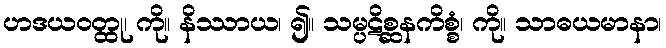
ဟဒယဝတ္ထု၊ ကို။ နိဿာယ၊ ၍။ သမ္ပဋိစ္ဆနကိစ္စံ၊ ကို။ သာဓယမာနာ၊